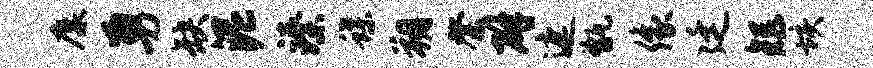
麋勇缺泥臻蝶朔綮辟遮甑像廷矩垓